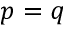
p = q